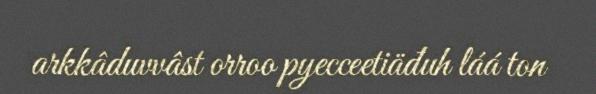
arkkâduvvâst orroo pyecceetiäđuh láá ton